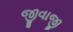
જીવાજી